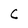
Character: C